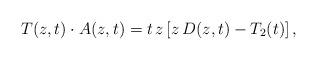
LaTeX: \begin{align*}T(z,t)\cdot A(z,t)=t\,z\left[z\,D(z,t)-T_2(t)\right],\end{align*}